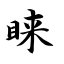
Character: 睐